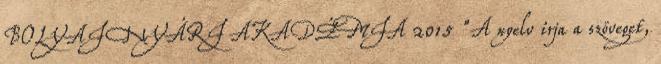
BOLYAI NYÁRI AKADÉMIA 2015 "A nyelv írja a szöveget,